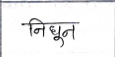
मजकूर: निधून